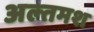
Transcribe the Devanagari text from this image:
अल्‍तमश